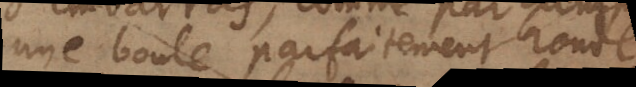
une boule parfaitement ronde